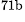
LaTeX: ^\textrm{\scriptsize 71b}